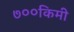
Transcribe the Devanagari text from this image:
७००किमी